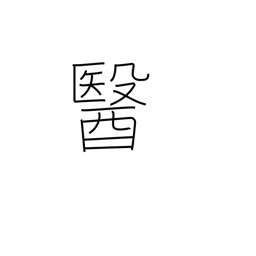
Meaning: medicine